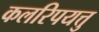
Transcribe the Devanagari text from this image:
कलरिपयत्तु